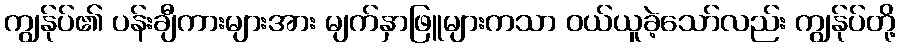
ကျွန်ုပ်၏ ပန်းချီကားများအား မျက်နှာဖြူများကသာ ဝယ်ယူခဲ့သော်လည်း ကျွန်ုပ်တို့